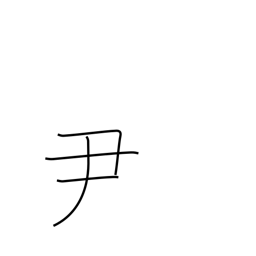
Meaning: an official rank